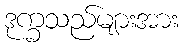
ဒုက္ခသည်များအား